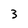
Character: 3